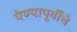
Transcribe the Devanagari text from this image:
येण्यापूर्वीचे